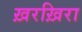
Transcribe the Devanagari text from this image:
ख़रख़िरा